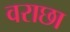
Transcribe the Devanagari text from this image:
वराछा